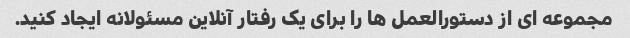
مجموعه ای از دستورالعمل ها را برای یک رفتار آنلاین مسئولانه ایجاد کنید.